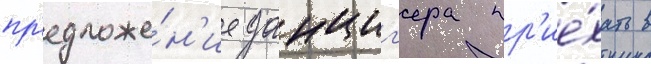
пр'едложе́н'ие данциг'ера пр'ие́хать в